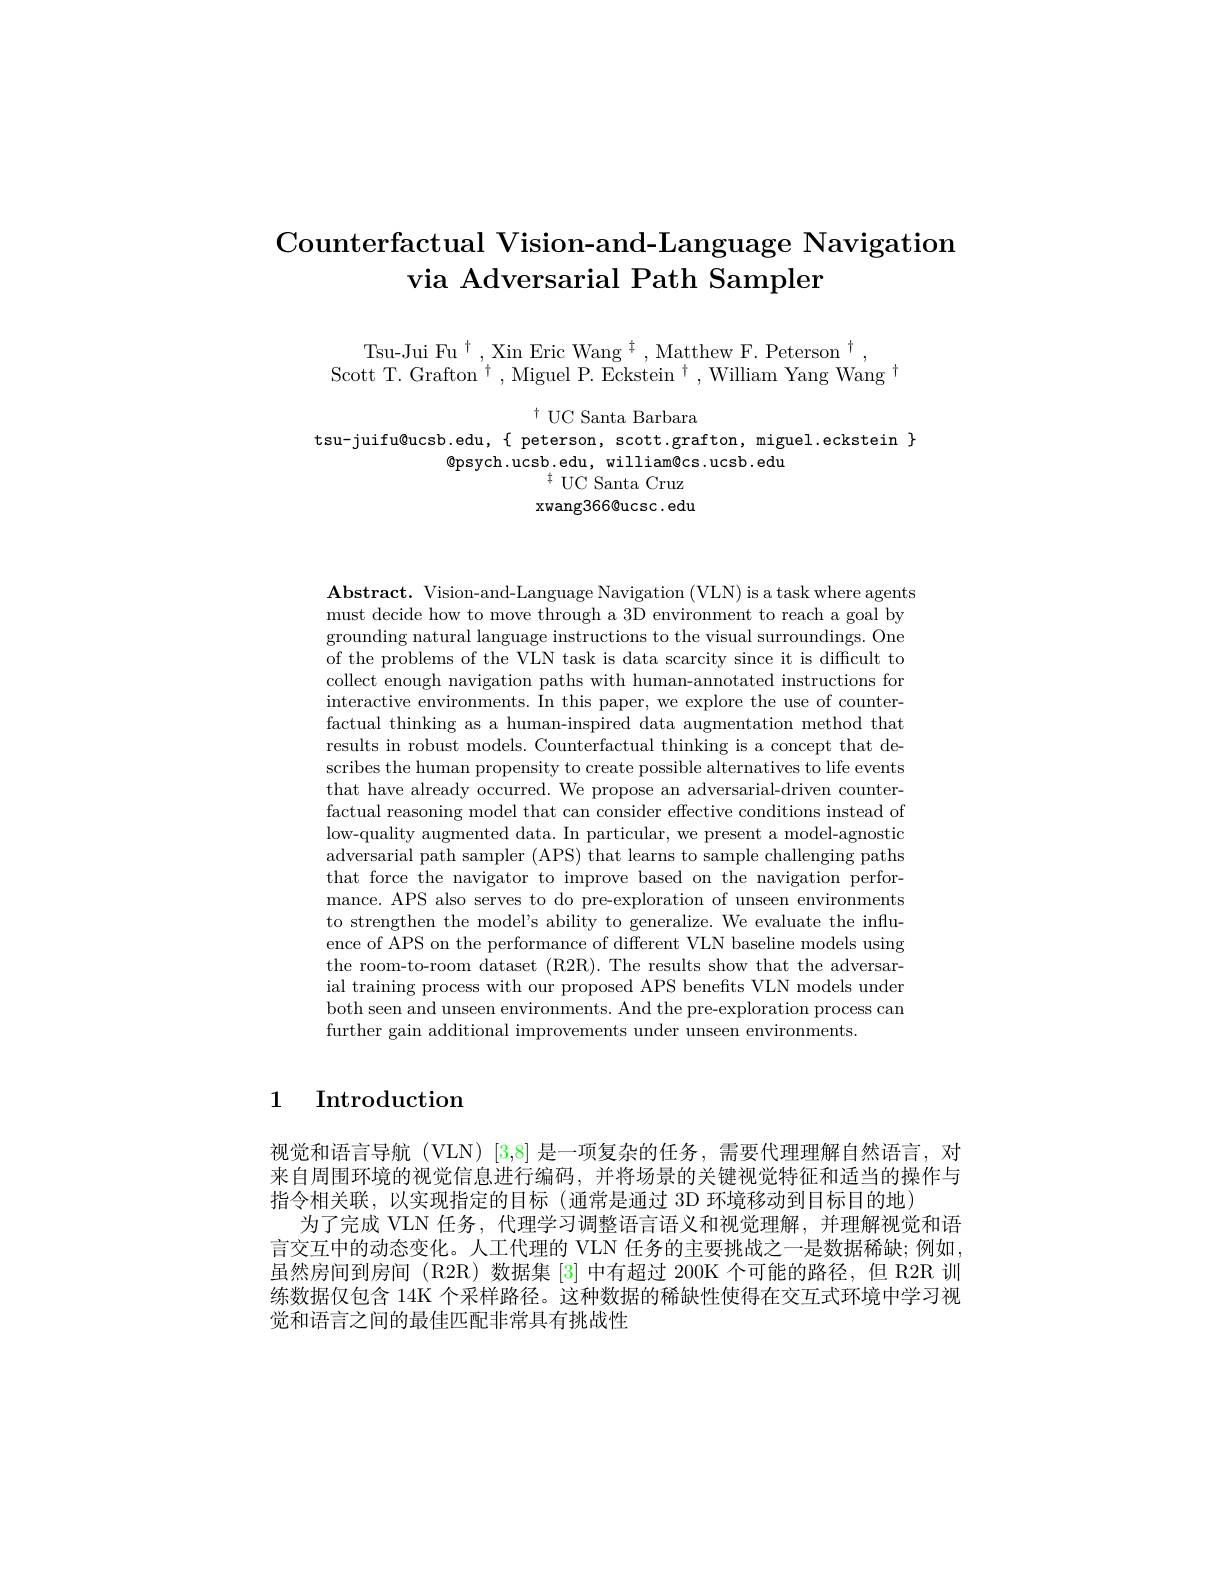
# Counterfactual Vision-and-Language Navigation via Adversarial Path Sampler

Tsu-Jui Fu$^\dagger$,Xin Eric Wang$^\dagger$,Matthew F. Peterson$^\dagger$,
Scott T. Grafton $^\dagger$,Miguel P. Eckstein $^\dagger$,William Yang Wang $^\dagger$

$^{\dagger}$UC Santa Barbara
$tsu-juifu@ucsb.edu,\{ peterson, scott.grafton, miguel.eckstein \}$
$\textcircled{\mathrm{psych.ucsb.edu,william@cs.ucsb.edu}}$
$^{\ddagger}$UC Santa Cruz xwang366@ucsc. edu

$\mathbf{Abstract.~Vision-and-Language~Navigation~(VLN)~is~a~task~where~agents}$ must decide how to move through a 3D environment to reach a goal by grounding natural language instructions to the visual surroundings. One of the problems of the VLN task is data scarcity since it is difficult to collect enough navigation paths with human-annotated instructions for interactive environments. In this paper, we explore the use of counterfactual thinking as a human-inspired data augmentation method that results in robust models. Counterfactual thinking is a concept that describes the human propensity to create possible alternatives to life events that have already occurred. We propose an adversarial-driven counterfactual reasoning model that can consider effective conditions instead of low-quality augmented data. In particular, we present a model-agnostic adversarial path sampler (APS) that learns to sample challenging paths that force the navigator to improve based on the navigation performance. APS also serves to do pre-exploration of unseen environments to strengthen the model's ability to generalize. We evaluate the influence of APS on the performance of different VLN baseline models using the room-to-room dataset (R2R). The results show that the adversarial training process with our proposed APS benefits VLN models under both seen and unseen environments. And the pre-exploration process can further gain additional improvements under unseen environments.

## 1 Introduction

视觉和语言导航 (VLN) [3,8] 是一项复杂的任务，需要代理理解自然语言，对来自周围环境的视觉信息进行编码，并将场景的关键视觉特征和适当的操作与指令相关联，以实现指定的目标(通常是通过 3D 环境移动到目标目的地)
为了完成 VLN 任务，代理学习调整语言语义和视觉理解，并理解视觉和语言交互中的动态变化。人工代理的 VLN 任务的主要挑战之一是数据稀缺；例如， 虽然房间到房间 (R2R)数据集 [3] 中有超过 200K 个可能的路径，但 R2R 训练数据仅包含 14K 个采样路径。这种数据的稀缺性使得在交互式环境中学习视觉和语言之间的最佳匹配非常具有挑战性